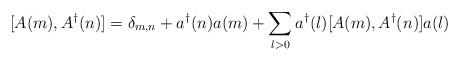
LaTeX: \begin{align*}[A(m),A^{\dag}(n)] = \delta_{m,n} + a^{\dag}(n)a(m) + \sum_{l>0}a^{\dag}(l)[A(m),A^{\dag}(n)]a(l)\end{align*}